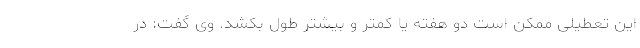
این تعطیلی ممکن است دو هفته یا کمتر و بیشتر طول بکشد. وی گفت: در